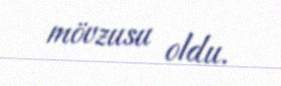
mövzusu oldu.